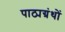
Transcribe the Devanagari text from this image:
पाठ्यग्रंथों